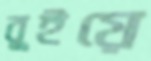
বুইয়ে